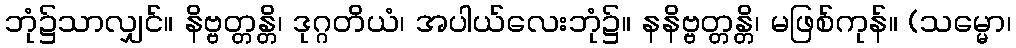
ဘုံ၌သာလျှင်။ နိဗ္ဗတ္တန္တိ၊ ဒုဂ္ဂတိယံ၊ အပါယ်လေးဘုံ၌။ နနိဗ္ဗတ္တန္တိ၊ မဖြစ်ကုန်။ (သမ္မော၊